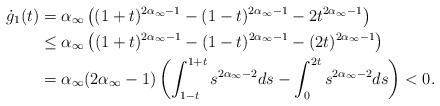
LaTeX: \begin{align*}\dot{g}_1(t)&=\alpha_\infty\left((1+t)^{2\alpha_\infty-1}-(1-t)^{2\alpha_\infty-1}-2t^{2\alpha_\infty-1}\right)\\&\leq \alpha_\infty \left((1+t)^{2\alpha_\infty-1}-(1-t)^{2\alpha_\infty-1}-(2t)^{2\alpha_\infty-1}\right)\\&=\alpha_\infty (2\alpha_\infty-1)\left(\int_{1-t}^{1+t} s^{2\alpha_\infty-2}ds-\int_{0}^{2t} s^{2\alpha_\infty-2}ds\right)<0.\end{align*}